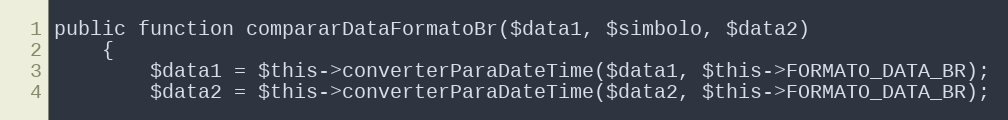
Language: PHP
public function compararDataFormatoBr($data1, $simbolo, $data2)
    {
        $data1 = $this->converterParaDateTime($data1, $this->FORMATO_DATA_BR);
        $data2 = $this->converterParaDateTime($data2, $this->FORMATO_DATA_BR);